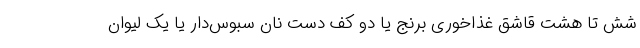
شش تا هشت قاشق غذاخوری برنج یا دو کف دست نان سبوس‌دار یا یک لیوان